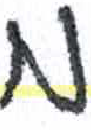
אות: ם